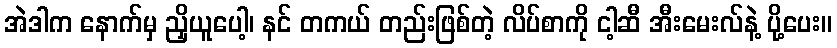
အဲဒါက နောက်မှ ညှိယူပေါ့၊ နင် တကယ် တည်းဖြစ်တဲ့ လိပ်စာကို ငါ့ဆီ အီးမေးလ်နဲ့ ပို့ပေး။